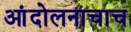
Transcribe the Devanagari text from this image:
आंदोलनाचाच